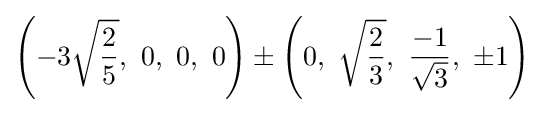
\left(-3{\sqrt {\frac {2}{5}}},\ 0,\ 0,\ 0\right)\pm \left(0,\ {\sqrt {\frac {2}{3}}},\ {\frac {-1}{\sqrt {3}}},\ \pm 1\right)